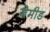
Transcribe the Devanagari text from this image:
जेमीड